Report of the Hyderabad Chloroform Commission
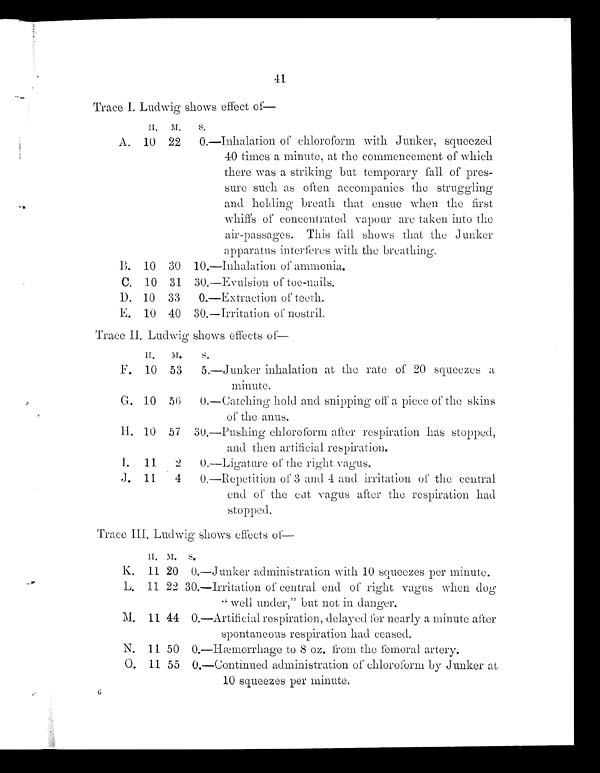
41
Trace I. Ludwig shows effect of—
H. M.
S.
A. 10 22 0. —Inhalation of chloroform with Junker, squeezed
40 times a minute, at the commencement of which
there was a striking but temporary hill of pres-
sure such as often accompanies the struggling
and holding breath that ensue when the first
whiffs of concentrated vapour are taken into the
air-passages. This fall shows that the Junker
apparatus interferes with the breathing.
B. 10 30 10.—Inhalation of ammonia.
C. 10 31 30. —Evulsion of toe-nails.
D. 10 33
0. —Extraction of teeth.
E. 10 40 30. —Irritation of nostril.
Trace II Ludwig shows effects of—
H.
M.
S.
F . 10 53
5. —Junker inhalation at the rate 20 squeezes a
minute.
G. 10 56
0. —Catching hold and snipping off a piece of the skins
of the anus.
H. 10 57 30.—Pushing chloroform after respiration has stopped,
and then artificial respiration.
I.
11
2
0.—Ligature of the right vagus.
J. 11
4
0. —Repetition of 3 and 4 and irritation of the central
end of the cat vagus after the respiration had
stopped.
Trace III. Ludwig shows effects of—
H . M. S.
K. 11 20 0.—Junker administration with 10 squeezes per minute.
L. 11 22 30.—Irritation of central end of right vagus when dog
" well under," but not in danger.
M. 11 44 0. —Artificial respiration, delayed for nearly a minute after
spontaneous respiration had ceased.
N. 11 50 0. —IIæmorrhage to 8 oz. from the femoral artery.
0. 11 55 O. —Continued administration of chloroform by Junker at
10 squeezes per minute.
G